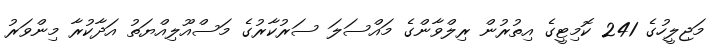
މަޖިލީހުގެ 241 ކޮމިޓީގެ އިތުރުން ރިލްވާންގެ މައްސަލަ ސަރުކާރުގެ މަސްއޫލިއްޔަތު އަދާކުރާ މިންވަރު